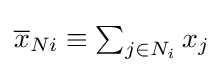
\textstyle {\overline {x}}_{Ni}\equiv \sum _{j\in N_{i}}x_{j}